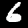
Label: 6